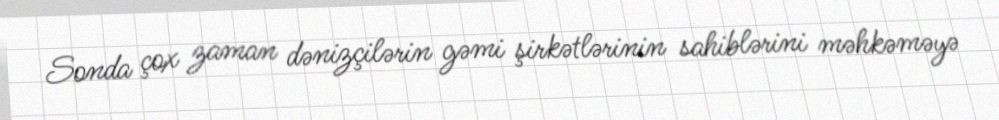
Sonda çox zaman dənizçilərin gəmi şirkətlərinin sahiblərini məhkəməyə